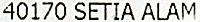
40170 SETIA ALAM